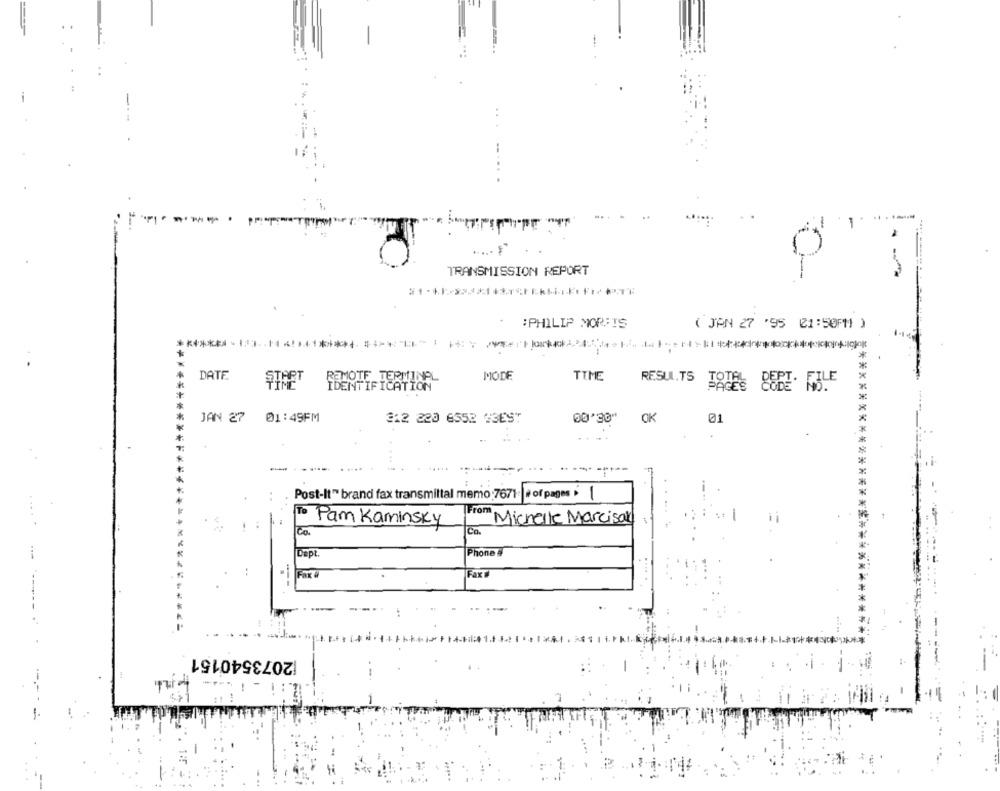
....
.....
TRANSMISSION REPORT
:PHILIP MORAIS
( JAN 27 '95 (1:50PM )
DATE
START
REMOTE TERMINPL
MODE
TIME
RESULTS
IDENTIFICATION
JAN 27
JAN 27 01:49FM
01:49FM
212 220 6552 23EST
OK
01
-
Post-It" brand fax transmittal memo 7671. | of pages
To Pam Kaminsky
From Michelle Marcisal
3 .
1 :
Co.
Co.
*******************
*******************
Dept.
Phone #
Fax
[2073540151